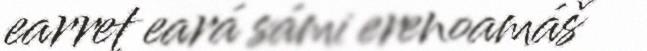
earret eará sámi erenoamáš